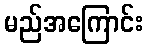
မည်အကြောင်း